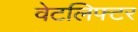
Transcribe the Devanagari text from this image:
वेटलिफ्टर